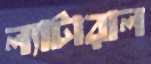
ল্যাটারাল